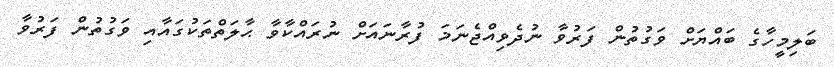
ބަލިމީހާގެ ބައްޔަށް ވަގުތުން ފަރުވާ ނުދެވިއްޖެނަމަ ފުރާނައަށް ނުރައްކާވާ ޙާލަތްތަކުގައާއި ވަގުތުން ފަރުވާ